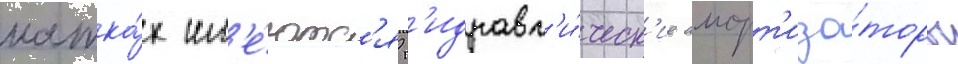
катка́х им'е́ютс'я г'идравл'и́ческ'ие аморт'иза́торы